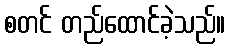
စတင် တည်ထောင်ခဲ့သည်။